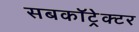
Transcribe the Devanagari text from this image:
सबकॉट्रेक्टर